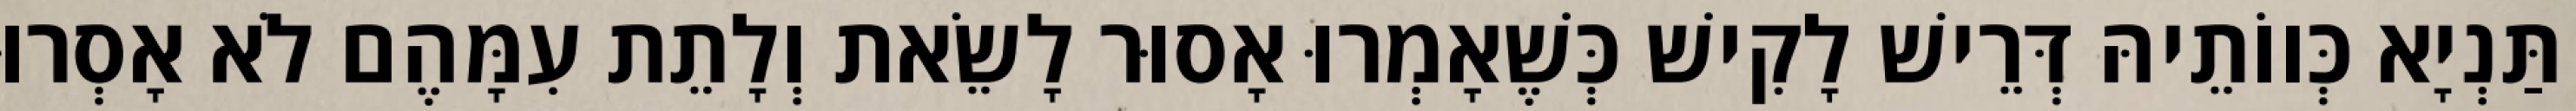
תַּנְיָא כְּווֹתֵיהּ דְּרֵישׁ לָקִישׁ כְּשֶׁאָמְרוּ אָסוּר לָשֵׂאת וְלָתֵת עִמָּהֶם לֹא אָסְרוּ